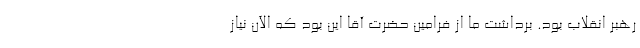
رهبر انقلاب بود. برداشت ما از فرامین حضرت آقا این بود که الآن نیاز